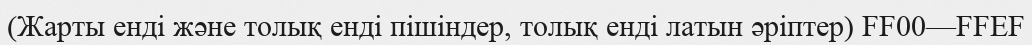
(Жарты енді және толық енді пішіндер, толық енді латын әріптер) FF00—FFEF